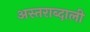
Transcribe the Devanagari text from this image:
अस्तराब्दाली